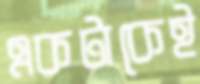
একটাকেই